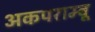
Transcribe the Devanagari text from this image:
अकपराम्बू